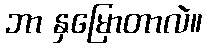
ဘာ နှမြောတာလဲ။